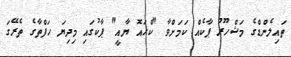
ތައިލެންޑްގެ މަޝްހޫރު ޕާކެއް ކަމަށްވާ "ކްހައޮ ޔާއީ" ޕާކުގައި މިދިޔަ ހަފްތާގެ ތެރޭގަ